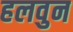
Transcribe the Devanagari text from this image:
हलवुन